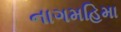
નાગમહિમા